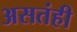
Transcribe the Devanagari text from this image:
असतंही